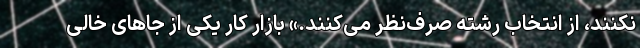
نکنند، از انتخاب رشته صرف‌نظر می‌کنند.» بازار کار یکی از جاهای خالی